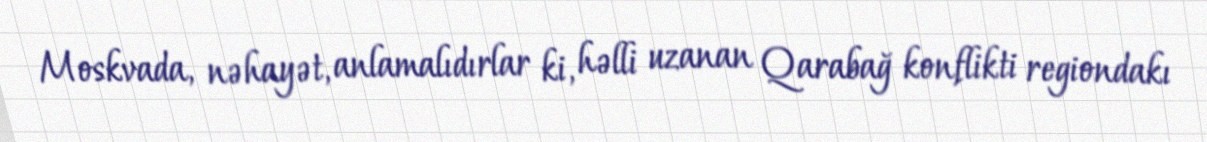
Moskvada, nəhayət, anlamalıdırlar ki, həlli uzanan Qarabağ konflikti regiondakı